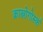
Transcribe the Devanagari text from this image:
क्रास्नोगोर्स्क